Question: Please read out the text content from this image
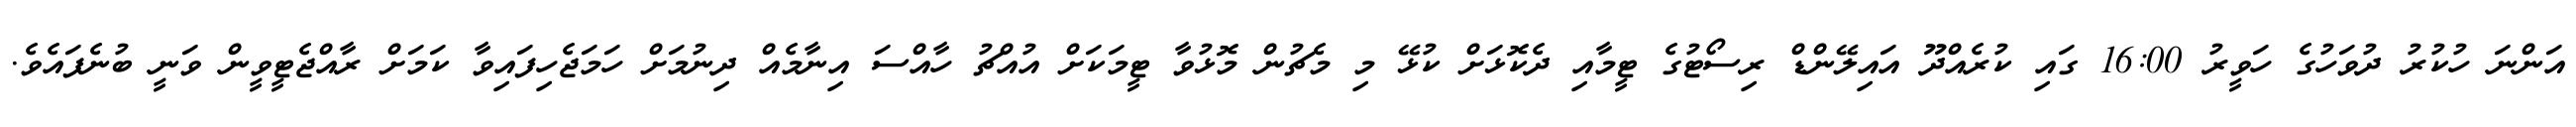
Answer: އަންނަ ހުކުރު ދުވަހުގެ ހަވީރު 16:00 ގައި ކުރެއްދޫ އައިލޭންޑް ރިސޯޓުގެ ޓީމާއި ދެކޮޅަށް ކުޅޭ މި މެޗުން މޮޅުވާ ޓީމަކަށް އުއްޗު ހާއްސަ އިނާމެއް ދިނުމަށް ހަމަޖެހިފައިވާ ކަމަށް ރާއްޖެޓީވީން ވަނީ ބުނެފައެވެ.